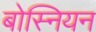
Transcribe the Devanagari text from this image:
बोस्नियन